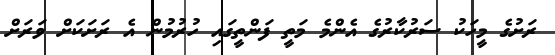
ރަށުގެ މީހަކު ސަރުކާރުގެ އެންމެ މަތީ ފަންތީގައި ހުރުމުން އެ ރަށަކަށް ވަރަށް